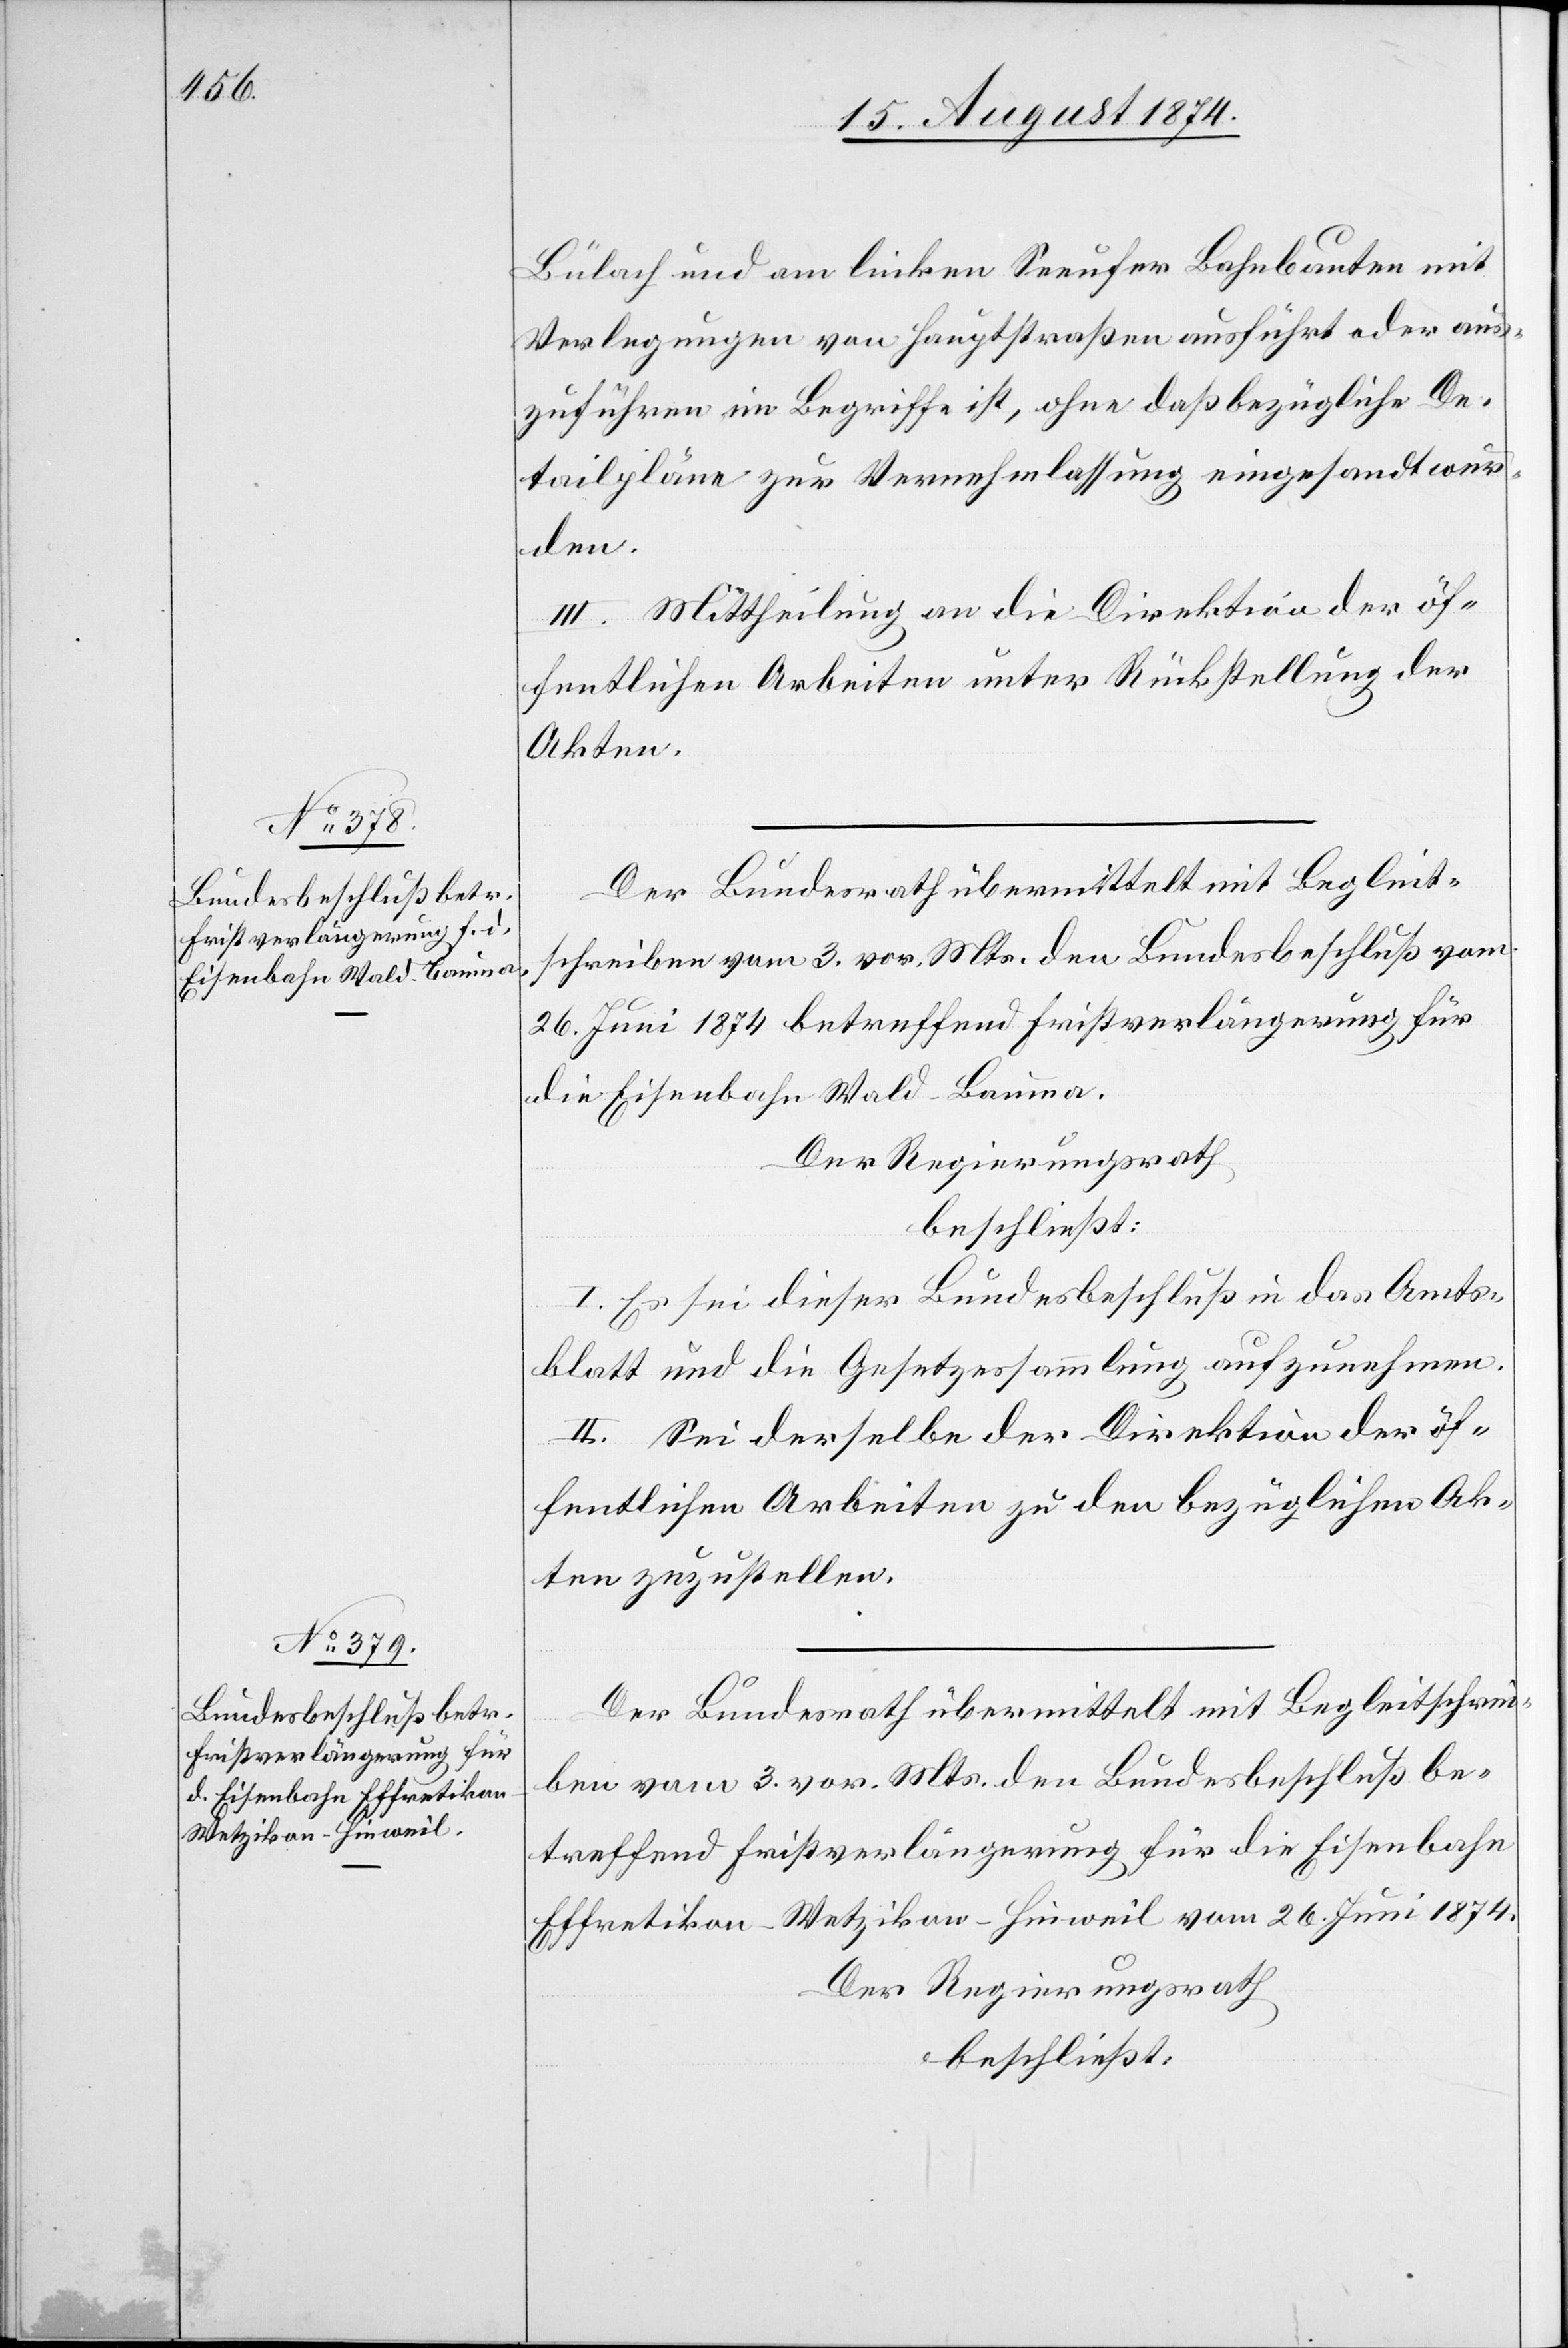
Bülach und am linken Seeufer Bahnbauten mit
Verlegungen von Hauptstraßen ausführt oder aus¬
zuführen im Begriffe ist, ohne daß bezügliche De¬
tailpläne zur Vernehmlassung eingesandt wur¬
den.
III. Mittheilung an die Direktion der öf¬
fentlichen Arbeiten unter Rückstellung der
Akten.
Der Bundesrath übermittelt mit Begleit¬
schreiben vom 3. vor. Mts. den Bundesbeschluß vom
26. Juni 1874 betreffend Fristverlängerung für
die Eisenbahn Wald–Bauma.
Der Regierungsrath
beschließt:
I. Es sei dieser Bundesbeschluß in das Amts¬
blatt und die Gesetzessammlung aufzunehmen.
II. Sei derselbe der Direktion der öf¬
fentlichen Arbeiten zu den bezüglichen Ak¬
ten zuzustellen.
Der Bundesrath übermittelt mit Begleitschrei¬
ben vom 3. vor. Mts. den Bundesbeschluß be¬
treffend Fristverlängerung für die Eisenbahn
Effretikon–Wetzikon–Hinweil vom 26. Juni 1874.
Der Regierungsrath
beschließt: